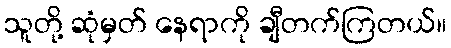
သူတို့ ဆုံမှတ် နေရာကို ချီတက်ကြတယ်။